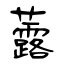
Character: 虂